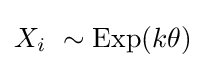
X_{i}\ \sim \operatorname {Exp} (k\theta )